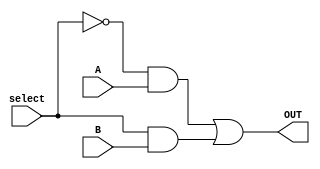
// macro
`define MULTIPLEXER_V 1


// 2 to 1 multiplexer
module mux2x1(A,B,select,OUT);
   input A,B,select;
   output OUT;
   wire wX, wY, wZ;

	 // level 1
	 not not0(wX, select);

	 // level 2
	 and and0(wY, wX, A);
	 and and1(wZ, select, B);

	 // level 3
	 or or0(OUT, wY, wZ);

   //reg OUT;
   //always @ (select or A or B)
         //if (select == 0) OUT = A;
         //else OUT = B;
endmodule

// 2-bit 2 to 1 multiplexer
module mux2x1_2bit(A, B, select, OUT);
  input [1:0] A, B;
  input select;
  output [1:0] OUT;

  mux2x1 mux0(A[0], B[0], select, OUT[0]),
         mux1(A[1], B[1], select, OUT[1]);
endmodule

// 4-bit 2 to 1 multiplexer
module mux2x1_4bit(A, B, select, OUT);
   input [3:0] A, B;
	 input select;
	 output [3:0] OUT;

	 // 2 to 1 multiplexer
	 mux2x1 mux0(A[0], B[0], select, OUT[0]);
	 mux2x1 mux1(A[1], B[1], select, OUT[1]);
	 mux2x1 mux2(A[2], B[2], select, OUT[2]);
	 mux2x1 mux3(A[3], B[3], select, OUT[3]);

endmodule //mux2x1_4bit 

// 16-bit 2 to 1 multiplexer
module mux2x1_16bit(A, B, select, OUT);
   input [15:0] A, B;
	 input select;
	 output [15:0] OUT;

	 // 2 to 1 multiplexer
	 mux2x1_4bit mux0(A[3:0],   B[3:0],   select, OUT[3:0]);
	 mux2x1_4bit mux1(A[7:4],   B[7:4],   select, OUT[7:4]);
	 mux2x1_4bit mux2(A[11:8],  B[11:8],  select, OUT[11:8]);
	 mux2x1_4bit mux3(A[15:12], B[15:12], select, OUT[15:12]);

endmodule //mux2x1_4bit 

// 4 to 1 multiplexer
module mux4x1(i0,i1,i2,i3,select,y);
   input i0,i1,i2,i3;
   input [1:0] select;
   output y;
	 wire InvertS0, InvertS1, wa, wb, wc, wd;

   // level 1
	 not not0(InvertS0, select[0]);
	 not not1(InvertS1, select[1]);

	 // level 2
	 and and0(wa, i0, InvertS1, InvertS0);
	 and and1(wb, i1, InvertS1, select[0]);
	 and and2(wc, i2, select[1], InvertS0);
	 and and3(wd, i3, select[1], select[0]);

	 // level 3
	 or or0(y, wa, wb, wc, wd);

   //reg y;
   //always @ (i0 or i1 or i2 or i3 or select)
            //case (select)
               //2'b00: y = i0;
               //2'b01: y = i1;
               //2'b10: y = i2;
               //2'b11: y = i3;
            //endcase
endmodule

// 4 bit 4x1 multiplexer implemented by using 4 4x1 1bit multiplexers
// for each bit.
module mux4x1_4bit(i0,i1,i2,i3,select,y); 
    input [3:0] i0,i1,i2,i3; // 4 bit input
    input [1:0] select; // 2 select inputs
    output [3:0] y; // 4 bit output

    //instantiate the 4x1 MUX
    mux4x1 mux0(i0[0],i1[0],i2[0],i3[0],select,y[0]), 
           mux1(i0[1],i1[1],i2[1],i3[1],select,y[1]), 
           mux2(i0[2],i1[2],i2[2],i3[2],select,y[2]), 
           mux3(i0[3],i1[3],i2[3],i3[3],select,y[3]); 

endmodule 

// 16 bit 4x1 multiplexer implemented by using 4 4-bit 4x1 multiplexers 
// for each 4 bits.
module mux4x1_16bit(i0,i1,i2,i3,select,y); 
    input [15:0] i0,i1,i2,i3; // 16 bit inputs
    input [1:0] select; // 2 select inputs
    output [15:0] y; // 16 bit outputs


    //instantiate the 4x1 MUX
    mux4x1_4bit mux0(i0[3:0],i1[3:0],i2[3:0],i3[3:0],select,y[3:0]), 
                mux1(i0[7:4],i1[7:4],i2[7:4],i3[7:4],select,y[7:4]), 
                mux2(i0[11:8],i1[11:8],i2[11:8],i3[11:8],select,y[11:8]), 
                mux3(i0[15:12],i1[15:12],i2[15:12],i3[15:12],select,y[15:12]);
endmodule